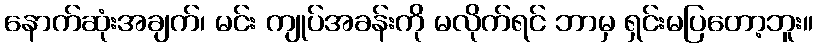
နောက်ဆုံးအချက်၊ မင်း ကျုပ်အခန်းကို မလိုက်ရင် ဘာမှ ရှင်းမပြတော့ဘူး။